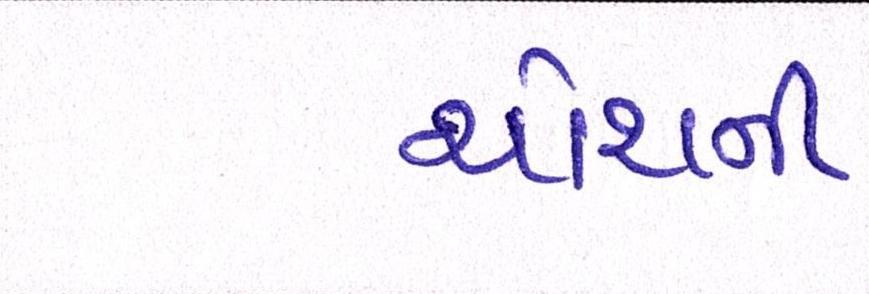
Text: ચોથની